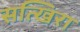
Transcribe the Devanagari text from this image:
सत्खिरा